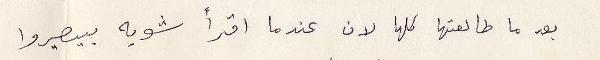
بعد ما طالعتها كلها لان عندما اقرأ شويه بيصيروا